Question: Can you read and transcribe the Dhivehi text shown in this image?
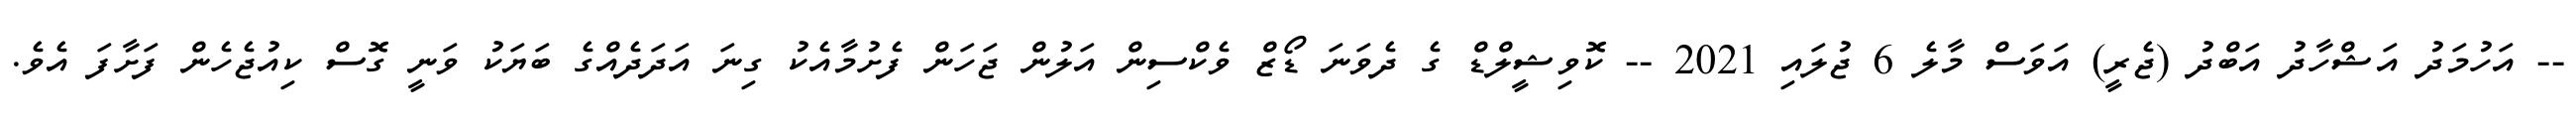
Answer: -- އަހުމަދު އަޝްހާދު އަބްދު (ޖެރީ) އަވަސް މާލެ 6 ޖުލައި 2021 -- ކޮވިޝީލްޑް ގެ ދެވަނަ ޑޯޒް ވެކްސިން އަލުން ޖަހަން ފެށުމާއެކު ގިނަ އަދަދެއްގެ ބަޔަކު ވަނީ ގޮސް ކިއުޖެހެން ފަށާފަ އެވެ.